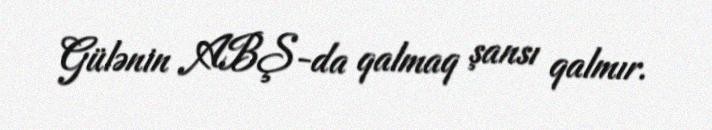
Gülənin ABŞ-da qalmaq şansı qalmır.